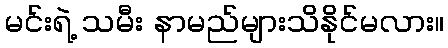
မင်းရဲ့ သမီး နာမည်များသိနိုင်မလား။